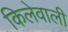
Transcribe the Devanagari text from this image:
किलेवाली